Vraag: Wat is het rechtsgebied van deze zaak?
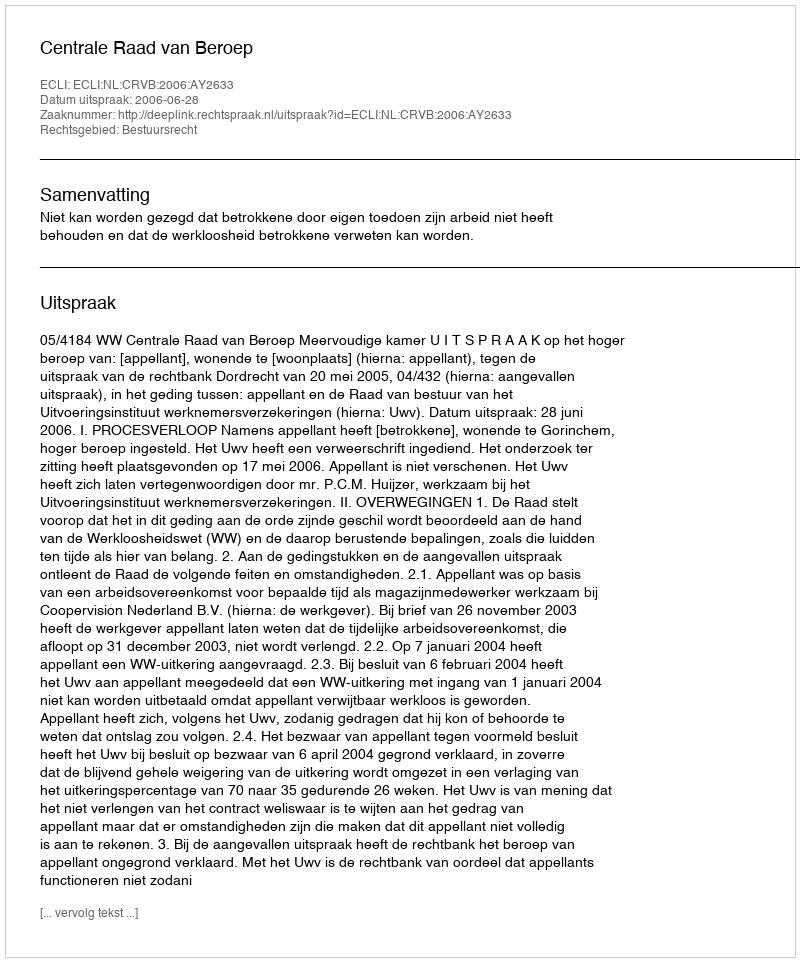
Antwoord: Bestuursrecht